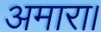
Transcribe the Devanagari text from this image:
अमारा।